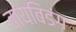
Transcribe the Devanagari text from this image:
बायबिडंग